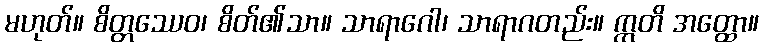
မဟုတ်။ စိတ္တဿေဝ၊ စိတ်၏သာ။ သာရာဂေါ၊ သာရာဂတည်း။ ဣတိ အတ္ထော။